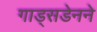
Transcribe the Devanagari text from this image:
गाड्सडेनने